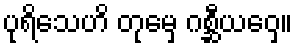
ပုရိသေဟိ တုမှေ ဂစ္ဆီယဝှေ။